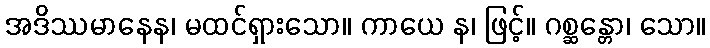
အဒိဿမာနေန၊ မထင်ရှားသော။ ကာယေ န၊ ဖြင့်။ ဂစ္ဆန္တော၊ သော။